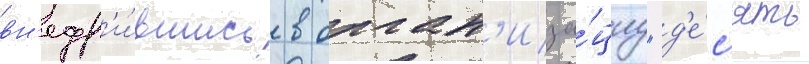
вн'едр'и́вшись в орган'иза́циу "д'е́с'ять